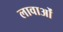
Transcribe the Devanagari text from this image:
लावाओं